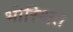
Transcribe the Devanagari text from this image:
भीस्थित